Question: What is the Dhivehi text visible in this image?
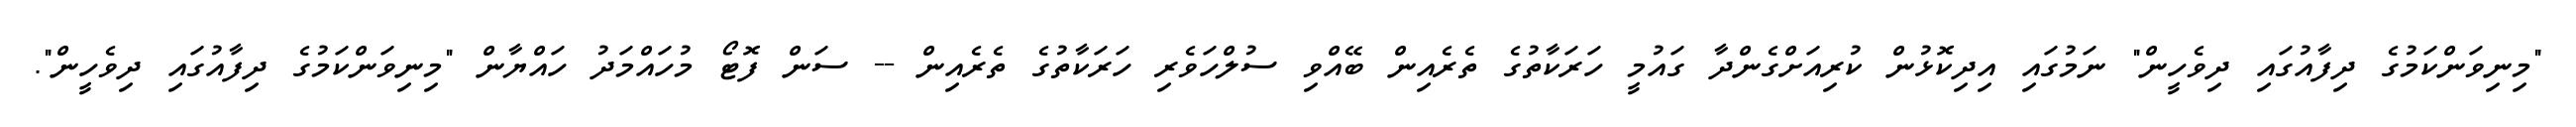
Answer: "މިނިވަންކަމުގެ ދިފާއުގައި ދިވެހީން" ނަމުގައި އިދިކޮޅުން ކުރިއަށްގެންދާ ގައުމީ ހަރަކާތުގެ ތެރެއިން ބޭއްވި ސުލްހަވެރި ހަރަކާތުގެ ތެރެއިން -- ސަން ފޮޓޯ މުހައްމަދު ހައްޔާން "މިނިވަންކަމުގެ ދިފާއުގައި ދިވެހީން".